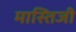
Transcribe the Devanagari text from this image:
मास्तिजी